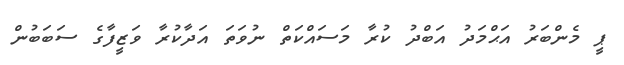
ޕީ މެންބަރު އަޙްމަދު އަބްދު ކުރާ މަސައްކަތް ނުވަތަ އަދާކުރާ ވަޒީފާގެ ސަބަބުން